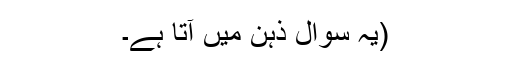
(يہ سوال ذہن ميں آتا ہے۔